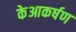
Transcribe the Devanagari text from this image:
केआकर्षण